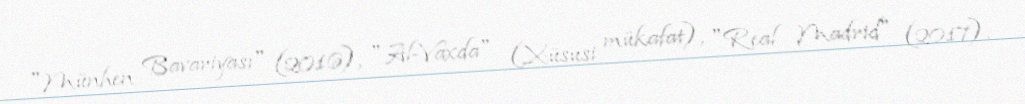
"Münhen Bavariyası" (2016), "Al-Vaxda" (Xüsusi mükafat), "Real Madrid" (2017).